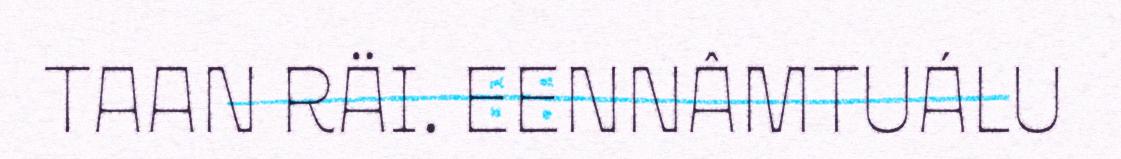
TAAN RÄI. EENNÂMTUÁLU